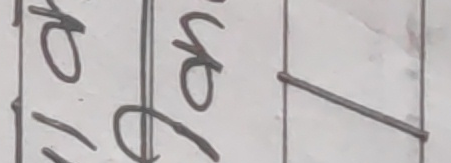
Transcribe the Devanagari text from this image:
खो